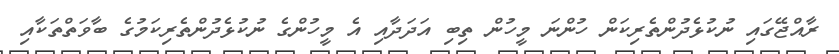
ރާއްޖޭގައި ނުކުޅެދުންތެރިކަން ހުންނަ މީހުން ތިބި އަދަދާއި އެ މީހުންގެ ނުކުޅެދުންތެރިކަމުގެ ބާވަތްތަކާއި